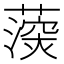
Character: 𮑰